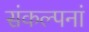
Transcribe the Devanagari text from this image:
संकल्पनां